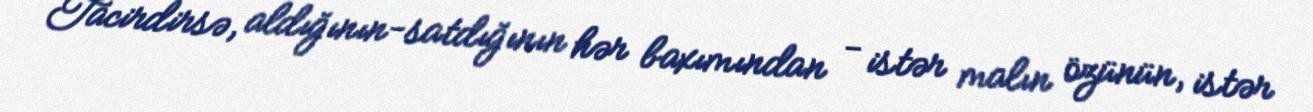
Tacirdirsə, aldığının-satdığının hər baxımından - istər malın özünün, istər